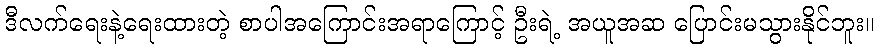
ဒီလက်ရေးနဲ့ရေးထားတဲ့ စာပါအကြောင်းအရာကြောင့် ဦးရဲ့ အယူအဆ ပြောင်းမသွားနိုင်ဘူး။